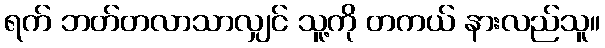
ရက် ဘတ်တလာသာလျှင် သူ့ကို တကယ် နားလည်သူ။